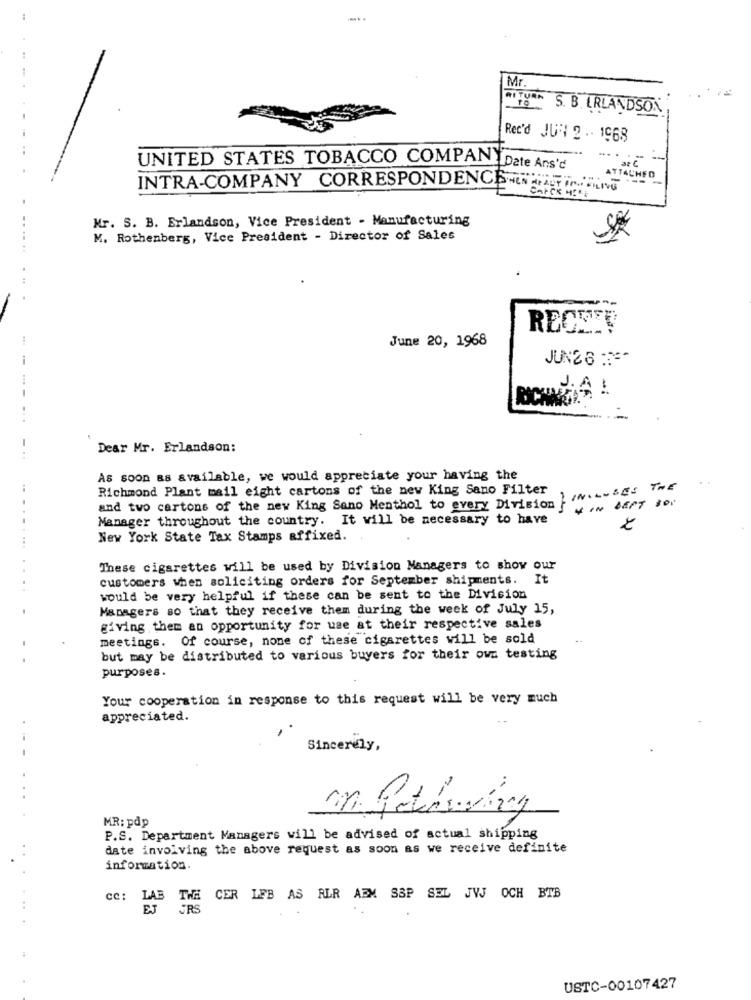
..
Mr.
RI TURN
S. B. ERLANDSON
Rec'd JU 1 2 . . 1968
UNITED STATES TOBACCO COMPANYDate Ans'd
ATTACHED
----
INTRA-COMPANY CORRESPONDENCD-EN ARADY Pro FILIVE
CAFCK HILL
Mr. S. B. Erlandson, Vice President - Manufacturing
M. Rothenberg, Vice President - Director of Sales
June 20, 1968
JUN26 **
...
-
Dear Mr. Erlandson:
As soon as available, we would appreciate your having the
Richmond Plant mail eight cartons of the new King Sano Filter
INCLUSES THE
4 IN DEST BOI
and two cartons of the new King Sano Menthol to every Division
Manager throughout the country. It will be necessary to have
New York State Tax Stamps affixed.
These cigarettes will be used by Division Managers to show our
customers when soliciting orders for September shipments.
It
would be very helpful if these can be sent to the Division
Managers so that they receive them during the week of July 15,
giving them an opportunity for use at their respective sales
meetings. Of course, none of these cigarettes will be sold
but may be distributed to various buyers for their own testing
purposes.
Your cooperation in response to this request will be very much
appreciated.
Sincerely,
MR: pdp
M. Peterváry
P.S. Department Managers will be advised of actual shipping
date involving the above request as soon as we receive definite
information.
cc: LAB THE CER LEB AS ALR AEM SSP SEL JVJ OCH BTB
USTC-00107427